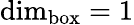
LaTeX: \dim_{\operatorname{box}}=1